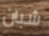
شبان